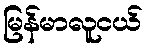
မြန်မာလူငယ်